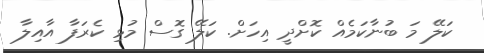
ކަލޭ މަ ބުނާކަމެއް ކޮށްދީ އިހަށް. ކަލޭ ގޮސް މުޅި ކެރަފާ އާއިލާ